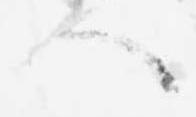
へ